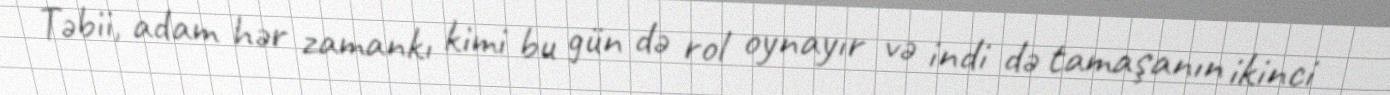
Təbii, adam hər zamankı kimi bu gün də rol oynayır və indi də tamaşanın ikinci